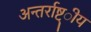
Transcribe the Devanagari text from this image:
अन्तर्राष्ट्ीय